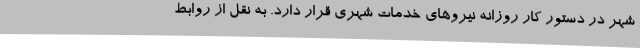
شهر در دستور کار روزانه نیروهای خدمات شهری قرار دارد. به نقل از روابط